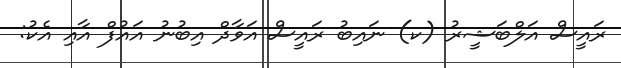
ރައީސް އަލްބަޝީރު (ކ) ނައިބު ރައީސް އަވާދް އިބުނު އައުފް އާއި އެކު: